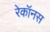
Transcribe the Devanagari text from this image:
रेकॉनस